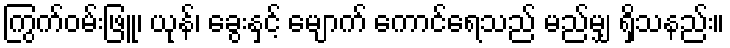
ကြွက်ဝမ်းဖြူ၊ ယုန်၊ ခွေးနှင့် မျောက် ကောင်ရေသည် မည်မျှ ရှိသနည်း။